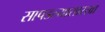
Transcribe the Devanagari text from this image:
सापडल्यासारखा